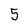
Character: 5